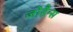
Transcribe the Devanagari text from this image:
जोहैन्स